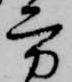
方